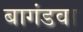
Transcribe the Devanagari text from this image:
बागंडवा